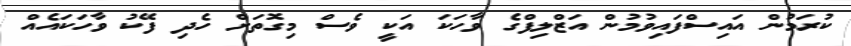
ކުރަމުން އައިސްފައިވުމުން އަޒްލިފްގެ ވާހަކަ އަކީ ވެސް މިގޮތަށް ހެދި ފޭކު ވާހަކައެއް